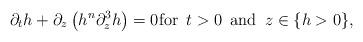
LaTeX: \begin{align*}\partial_t h + \partial_z \left(h^n \partial_z^3 h\right) = 0 \mbox{for } \, t > 0 \, \mbox{ and } \, z \in \{h > 0\},\end{align*}